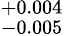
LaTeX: ^{+0.004}_{-0.005}